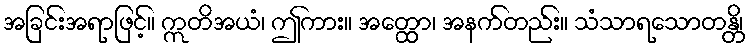
အခြင်းအရာဖြင့်။ ဣတိအယံ၊ ဤကား။ အတ္ထော၊ အနက်တည်း။ သံသာရသောတန္တိ၊